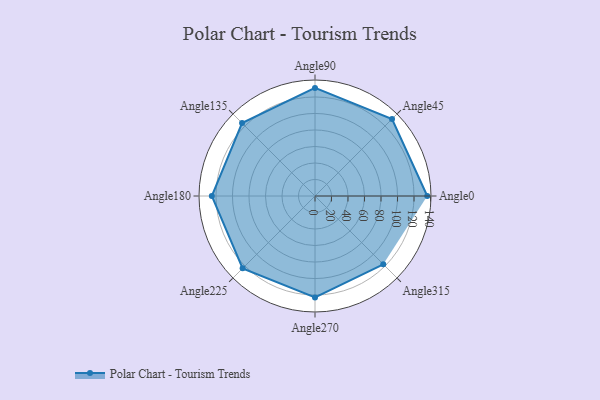
{"axis": {"x": "Angle", "y": "Radius"}, "legend": [""], "data": [{"x": "Angle0", "y": 136.0, "type": ""}, {"x": "Angle45", "y": 132.0, "type": ""}, {"x": "Angle90", "y": 131.0, "type": ""}, {"x": "Angle135", "y": 125.0, "type": ""}, {"x": "Angle180", "y": 125.0, "type": ""}, {"x": "Angle225", "y": 124.0, "type": ""}, {"x": "Angle270", "y": 123.0, "type": ""}, {"x": "Angle315", "y": 117.0, "type": ""}]}